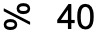
% 40